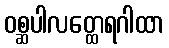
ဝစ္ဆပါလတ္ထေရဂါထာ